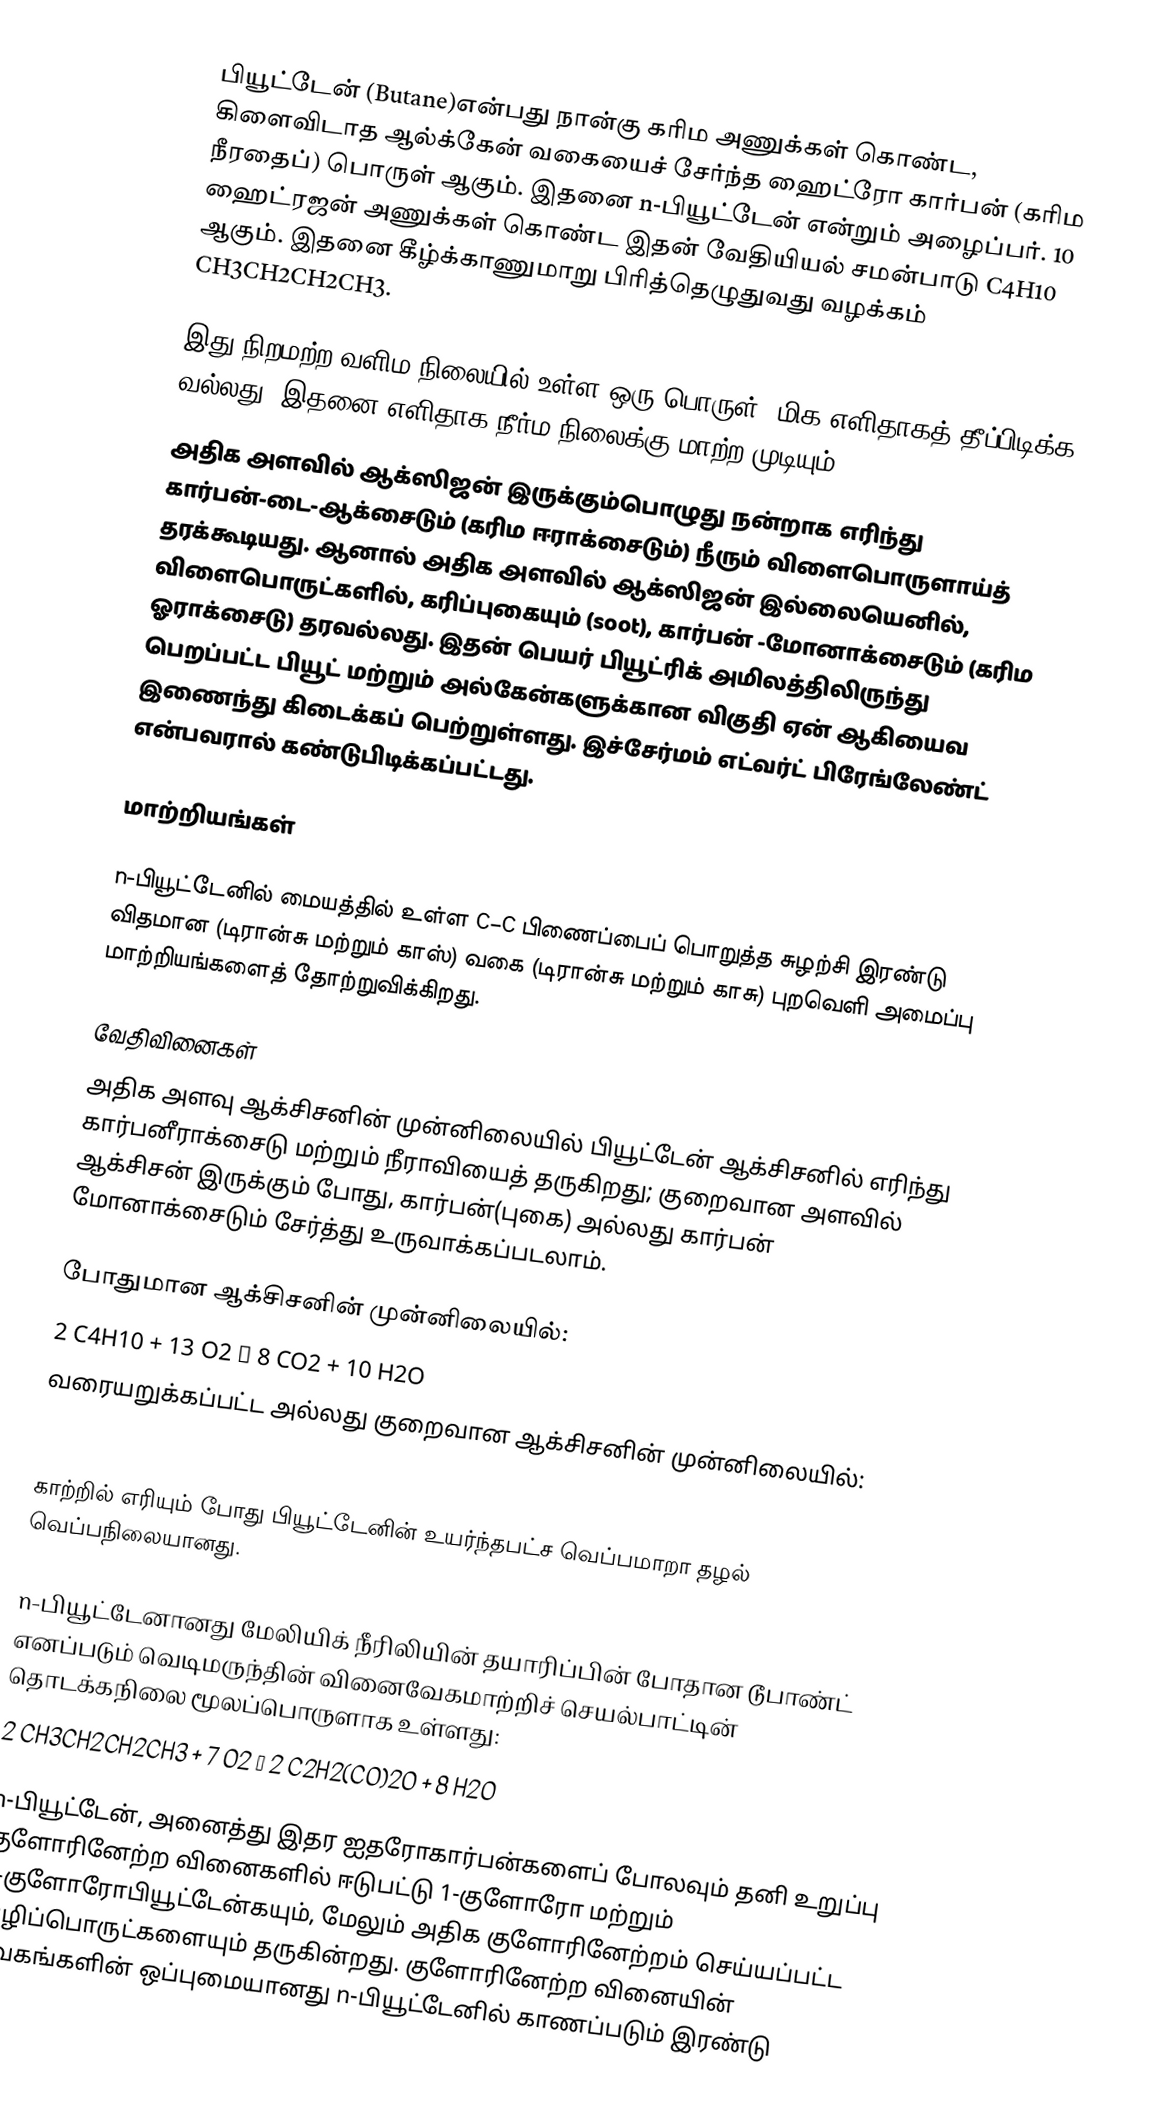
பியூட்டேன் (Butane)என்பது நான்கு கரிம அணுக்கள் கொண்ட, கிளைவிடாத ஆல்க்கேன் வகையைச் சேர்ந்த ஹைட்ரோ கார்பன் (கரிம நீரதைப்) பொருள் ஆகும். இதனை n-பியூட்டேன் என்றும் அழைப்பர். 10 ஹைட்ரஜன் அணுக்கள் கொண்ட இதன் வேதியியல் சமன்பாடு C4H10 ஆகும். இதனை கீழ்க்காணுமாறு பிரித்தெழுதுவது வழக்கம் CH3CH2CH2CH3.

இது நிறமற்ற வளிம நிலையில் உள்ள ஒரு பொருள். மிக எளிதாகத் தீப்பிடிக்க வல்லது. இதனை எளிதாக நீர்ம நிலைக்கு மாற்ற முடியும்.
அதிக அளவில் ஆக்ஸிஜன் இருக்கும்பொழுது நன்றாக எரிந்து கார்பன்-டை-ஆக்சைடும் (கரிம ஈராக்சைடும்) நீரும் விளைபொருளாய்த் தரக்கூடியது. ஆனால் அதிக அளவில் ஆக்ஸிஜன் இல்லையெனில், விளைபொருட்களில், கரிப்புகையும் (soot), கார்பன் -மோனாக்சைடும் (கரிம ஓராக்சைடு) தரவல்லது. இதன் பெயர் பியூட்ரிக் அமிலத்திலிருந்து பெறப்பட்ட பியூட் மற்றும் அல்கேன்களுக்கான விகுதி ஏன் ஆகியைவ இணைந்து கிடைக்கப் பெற்றுள்ளது. இச்சேர்மம் எட்வர்ட் பிரேங்லேண்ட் என்பவரால்  கண்டுபிடிக்கப்பட்டது.

மாற்றியங்கள்

n-பியூட்டேனில் மையத்தில் உள்ள C−C பிணைப்பைப் பொறுத்த சுழற்சி இரண்டு விதமான (டிரான்சு மற்றும் காஸ்) வகை (டிரான்சு மற்றும் காசு) புறவெளி அமைப்பு மாற்றியங்களைத் தோற்றுவிக்கிறது.

வேதிவினைகள்
அதிக அளவு ஆக்சிசனின் முன்னிலையில் பியூட்டேன் ஆக்சிசனில் எரிந்து கார்பனீராக்சைடு மற்றும் நீராவியைத் தருகிறது; குறைவான அளவில் ஆக்சிசன் இருக்கும் போது, கார்பன்(புகை) அல்லது கார்பன் மோனாக்சைடும் சேர்த்து உருவாக்கப்படலாம்.

போதுமான ஆக்சிசனின் முன்னிலையில்:
 2 C4H10 + 13 O2 → 8 CO2 + 10 H2O
வரையறுக்கப்பட்ட அல்லது குறைவான ஆக்சிசனின் முன்னிலையில்:
 2 C4H10 + 9 O2 → 8 CO + 10 H2O

காற்றில் எரியும் போது பியூட்டேனின் உயர்ந்தபட்ச வெப்பமாறா தழல் வெப்பநிலையானது.

n-பியூட்டேனானது மேலியிக் நீரிலியின் தயாரிப்பின் போதான டூபாண்ட் எனப்படும் வெடிமருந்தின் வினைவேகமாற்றிச் செயல்பாட்டின் தொடக்கநிலை மூலப்பொருளாக உள்ளது:
2 CH3CH2CH2CH3 + 7 O2 → 2 C2H2(CO)2O + 8 H2O

n-பியூட்டேன், அனைத்து இதர ஐதரோகார்பன்களைப் போலவும் தனி உறுப்பு குளோரினேற்ற வினைகளில் ஈடுபட்டு 1-குளோரோ மற்றும் 2-குளோரோபியூட்டேன்கயும், மேலும் அதிக குளோரினேற்றம் செய்யப்பட்ட வழிப்பொருட்களையும் தருகின்றது. குளோரினேற்ற வினையின் வேகங்களின் ஒப்புமையானது n-பியூட்டேனில் காணப்படும் இரண்டு